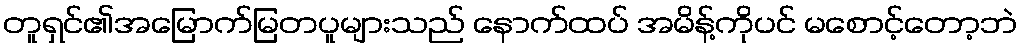
တူရှင်၏အမြောက်မြတပူများသည် နောက်ထပ် အမိန့်ကိုပင် မစောင့်တော့ဘဲ